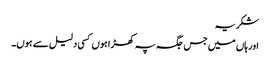
شکریہ
اور ہاں میں جس جگہ پہ کھڑا ہوں کسی دلیل سے ہوں۔